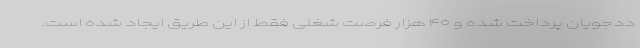
ددجویان پرداخت شده و ۴۰ هزار فرصت شغلی فقط از این طریق ایجاد شده است.